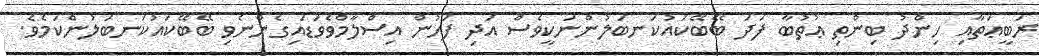
ރަބީޢަތާއި ހިންދު ބިންތި ޢުތުބާ ފަދަ ބޭބޭކައުކަނބަލުންނަކީވެސް އަދި ފަހުން އިސްލާމްވެވަޑައިގެންނެވި ބޭބޭކައުކަނބަލުންކަމެވެ.